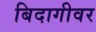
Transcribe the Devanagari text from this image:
बिदागीवर